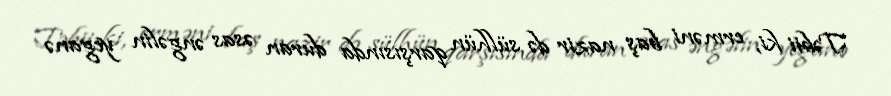
Təbii ki, erməni baş nazir də sülhün qarşısında duran əsas əngəlin yeganə